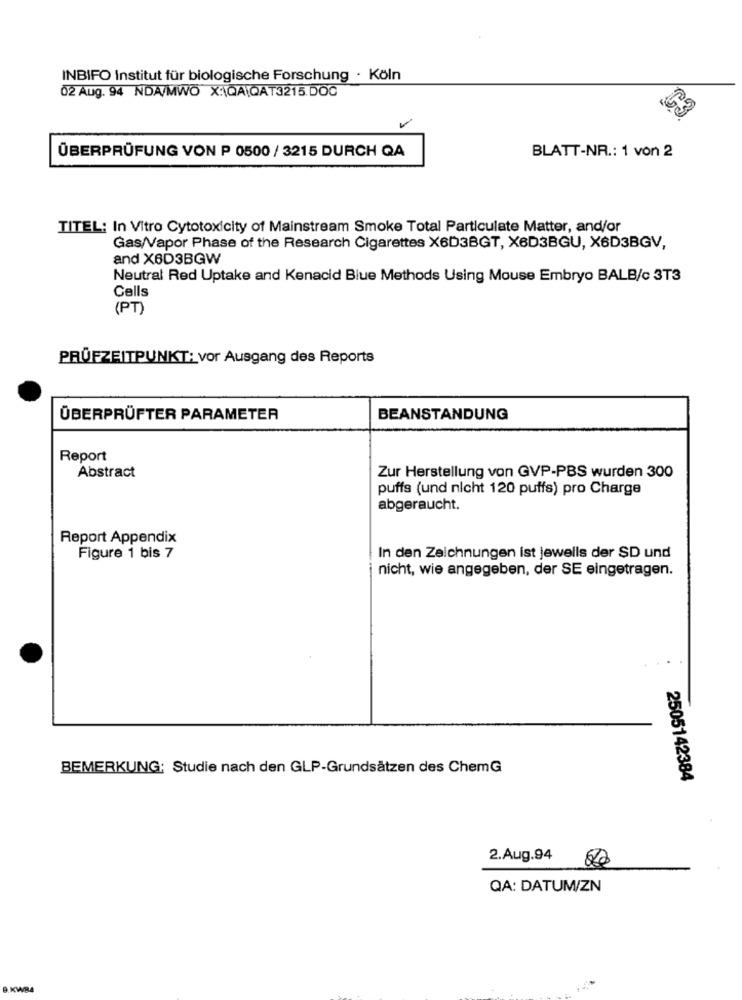
INBIFO Institut für biologische Forschung · Köln
02 Aug. 94 NDA/MWO X:\QA\QAT3215.DOC
ÜBERPRÜFUNG VON P 0500 / 3215 DURCH QA
BLATT-NR .: 1 von 2
TITEL: In Vitro Cytotoxicity of Mainstream Smoke Total Particulate Matter, and/or
Gas/Vapor Phase of the Research Cigarettes X6D3BGT, X6D3BGU, X6D3BGV,
and X6D3BGW
Neutral Red Uptake and Kenacid Blue Methods Using Mouse Embryo BALB/c 3T3
Cells
(PT)
PRÜFZEITPUNKT: vor Ausgang des Reports
ÜBERPRÜFTER PARAMETER
BEANSTANDUNG
Report
Abstract
Zur Herstellung von GVP-PBS wurden 300
puffs (und nicht 120 puffs) pro Charge
abgeraucht.
Report Appendix
Figure 1 bis 7
In den Zeichnungen ist jeweils der SD und
nicht, wie angegeben, der SE eingetragen.
BEMERKUNG: Studie nach den GLP-Grundsätzen des ChemG
2505142384
2.Aug.94
00
QA: DATUM/ZN
9.KWB4